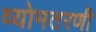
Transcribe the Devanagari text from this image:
व्योमतरणी